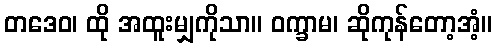
တဒေဝ၊ ထို အထူးမျှကိုသာ။ ဝက္ခာမ၊ ဆိုကုန်တော့အံ့။